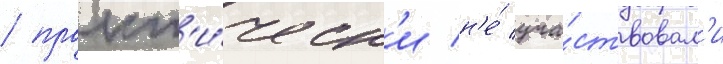
/ практ'и́ческ'и н'е́ уча́ствовал'и